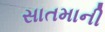
સાતમાની